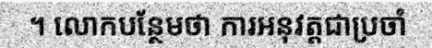
។ លោកបន្ថែមថា ការអនុវត្តជាប្រចាំ